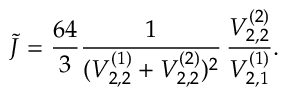
\tilde { J } = \frac { 6 4 } { 3 } \frac { 1 } { ( { \cal V } _ { 2 , 2 } ^ { ( 1 ) } + { \cal V } _ { 2 , 2 } ^ { ( 2 ) } ) ^ { 2 } } \, \frac { { \cal V } _ { 2 , 2 } ^ { ( 2 ) } } { { \cal V } _ { 2 , 1 } ^ { ( 1 ) } } .